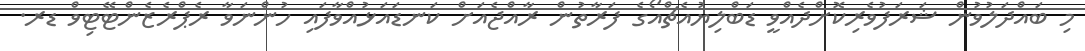
މި ބައްދަލުވުން ޝަރަފުވެރިކޮށްދެއްވީ ޑަބްލިޔުއެޗްއޯގެ ފަރާތުން ރާއްޖެއަށް ކަނޑައަޅުއްވާފައި ހުންނަވާ ރެޕްރެޒެންޓޭޓިވް ޑރ.